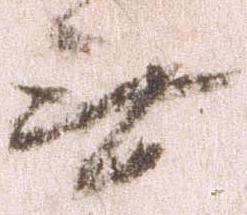
無